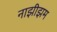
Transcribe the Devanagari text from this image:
नाझीझम